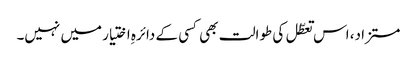
مستزاد، اس تعطّل کی طوالت بھی کسی کے دائرہِ اختیار میں نہیں۔